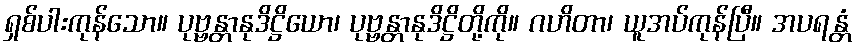
ရှစ်ပါးကုန်သော။ ပုဗ္ဗန္တာနုဒိဋ္ဌိယော၊ ပုဗ္ဗန္တာနုဒိဋ္ဌိတို့ကို။ ဂဟိတာ၊ ယူအပ်ကုန်ပြီ။ အပရန္တံ